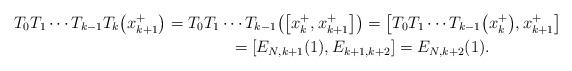
LaTeX: \begin{gather*}T_0 T_1 \cdots T_{k-1} T_{k} \big(x_{k+1}^+\big) = T_0 T_1 \cdots T_{k-1} \big(\big[x_{k}^+, x_{k+1}^+\big]\big) = \big[T_0 T_1 \cdots T_{k-1}\big(x_{k}^+\big), x_{k+1}^+\big] \\\hphantom{T_0 T_1 \cdots T_{k-1} T_{k} \big(x_{k+1}^+\big)}{} = [E_{N,k+1}(1), E_{k+1,k+2}] = E_{N,k+2}(1).\end{gather*}